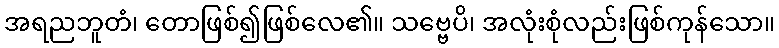
အရညဘူတံ၊ တောဖြစ်၍ဖြစ်လေ၏။ သဗ္ဗေပိ၊ အလုံးစုံလည်းဖြစ်ကုန်သော။